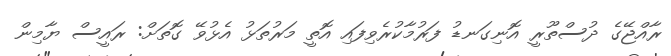
ރާއްޖޭގެ ދުސްތޫރީ އޮނިގަނޑު ފަރުމާކުރެވިފައި އޮތީ މަރުތަޅު އެޅުވޭ ގޮތަށް: ރައީސް ޔާމިން